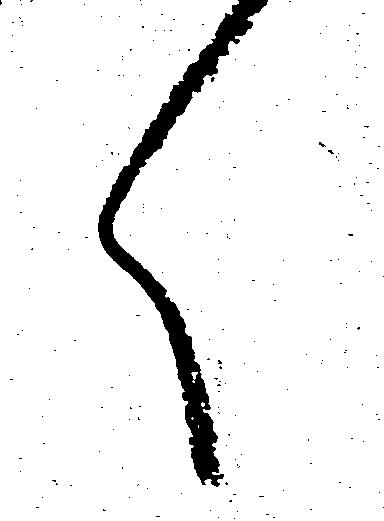
ろ